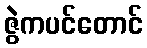
ဇွဲကပင်တောင်